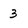
Character: 3